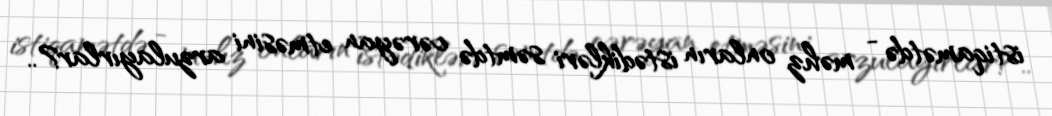
istiqamətdə - məhz onların istədikləri səmtdə cərəyan etməsini arzulayırlar?..